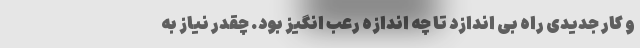
و کار جدیدی راه بی اندازد تا چه اندازه رعب انگیز بود. چقدر نیاز به